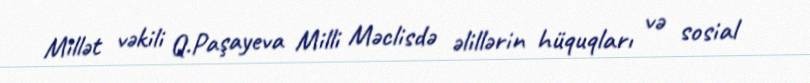
Millət vəkili Q.Paşayeva Milli Məclisdə əlillərin hüquqları və sosial